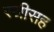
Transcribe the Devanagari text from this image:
स्त्रीसह